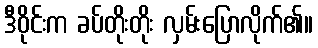
ဒီဝိုင်းက ခပ်တိုးတိုး လှမ်းပြောလိုက်၏။